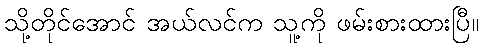
သို့တိုင်အောင် အယ်လင်က သူ့ကို ဖမ်းစားထားပြီ။